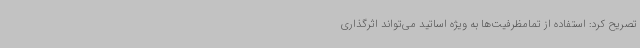
تصریح کرد: استفاده از تمامظرفیت‌ها به ویژه اساتید می‌تواند اثرگذاری